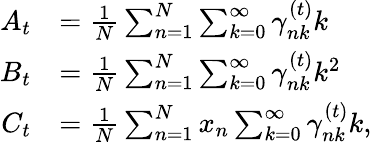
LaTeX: \begin{array}{rl}{A_{t}}&{=\frac{1}{N}\sum_{n=1}^{N}\sum_{k=0}^{\infty}\gamma_{nk}^{(t)}k}\\ {B_{t}}&{=\frac{1}{N}\sum_{n=1}^{N}\sum_{k=0}^{\infty}\gamma_{nk}^{(t)}k^{2}}\\ {C_{t}}&{=\frac{1}{N}\sum_{n=1}^{N}x_{n}\sum_{k=0}^{\infty}\gamma_{nk}^{(t)}k,}\end{array}